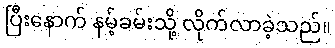
ပြီးနောက် နမ့်ခမ်းသို့ လိုက်လာခဲ့သည်။